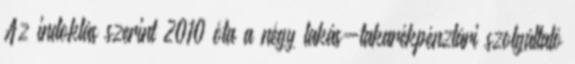
Az indoklás szerint 2010 óta a négy lakás-takarékpénztári szolgáltató